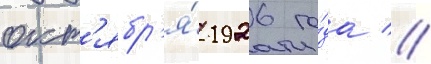
окт'ябр'я́ 1926 го́да //